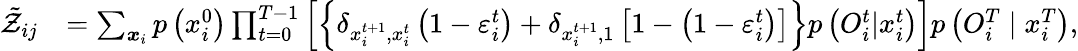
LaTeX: \begin{array}{rl}{\tilde{\mathcal{Z}}_{ij}}&{=\sum_{\boldsymbol{x}_{i}}{p\left(x_{i}^{0}\right)}\prod_{t=0}^{T-1}\left[\left\{ \delta_{x_{i}^{t+1},x_{i}^{t}}\left(1-\varepsilon_{i}^{t}\right)+\delta_{x_{i}^{t+1},1}\left[1-\left(1-\varepsilon_{i}^{t}\right)\right]\right\} p\left({O}_{i}^{t}|x_{i}^{t}\right)\right]p\left({O}_{i}^{T}\mid x_{i}^{T}\right),}\end{array}